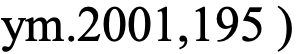
ym.2001,195 )